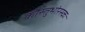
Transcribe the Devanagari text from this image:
कौस्तुभोरस्कः